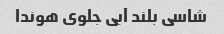
شاسی بلند آبی جلوی هوندا